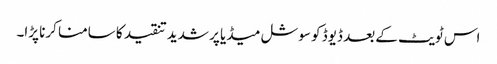
اس ٹویٹ کے بعد ڈیوڈ کو سوشل میڈیا پر شدید تنقید کا سامنا کرنا پڑا۔